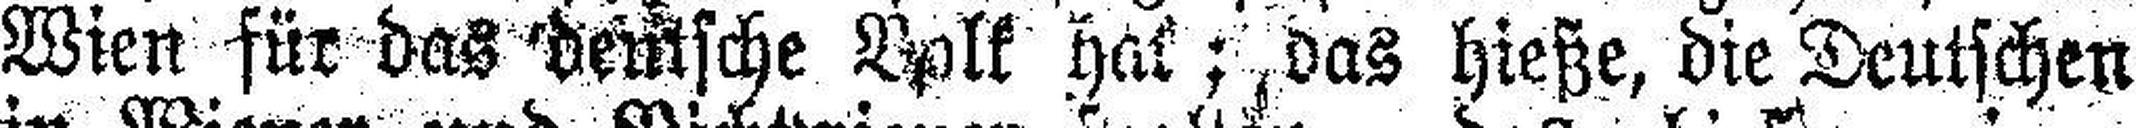
Wien für das deutsche Volk hat; das hieße, die Deutschen